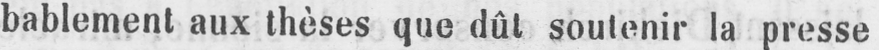
bablement aux thèses que dût soutenir la presse